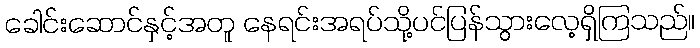
ခေါင်းဆောင်နှင့်အတူ နေရင်းအရပ်သို့ပင်ပြန်သွားလေ့ရှိကြသည်။